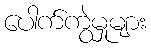
ပေါက်ကွဲမှုများ